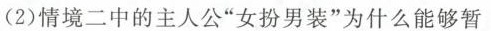
(2)情境二中的主人公”女扮男装”为什么能够暂